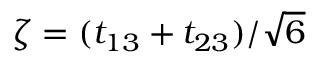
\zeta = ( t _ { 1 3 } + t _ { 2 3 } ) / \sqrt { 6 }